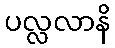
ပလ္လလာနိ